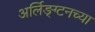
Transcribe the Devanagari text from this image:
अर्लिङ्ग्टनच्या